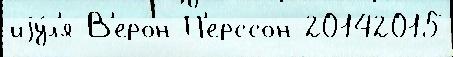
иjу́л'я В'ерон П'ерссон 20142015